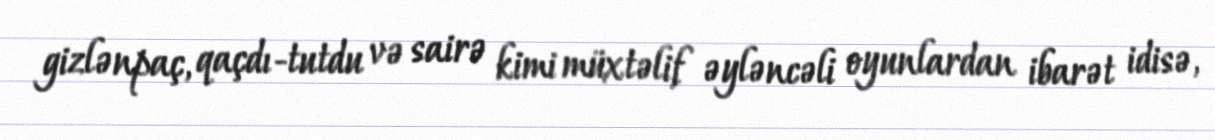
gizlənpaç, qaçdı-tutdu və sairə kimi müxtəlif əyləncəli oyunlardan ibarət idisə,